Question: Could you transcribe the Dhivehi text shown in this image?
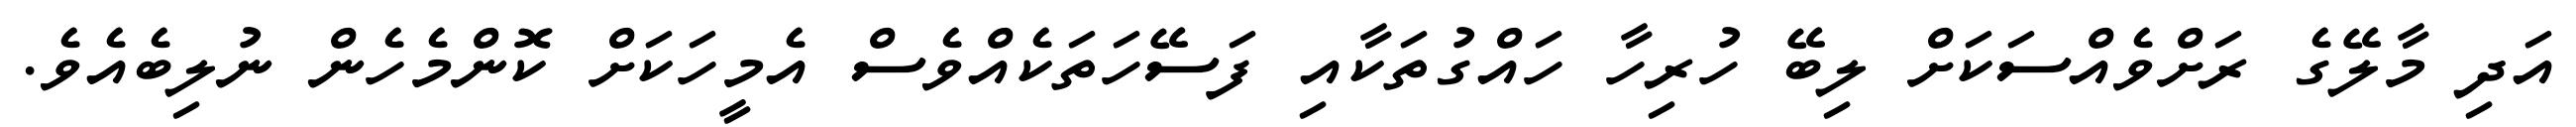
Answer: އަދި މާލޭގެ ރަށްވެއްސަކަށް ލިބޭ ހުރިހާ ހައްގުތަކާއި ފަސޭހަތަކެއްވެސް އެމީހަކަށް ކޮންމެހެން ނުލިބެއެވެ.